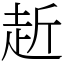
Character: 赾